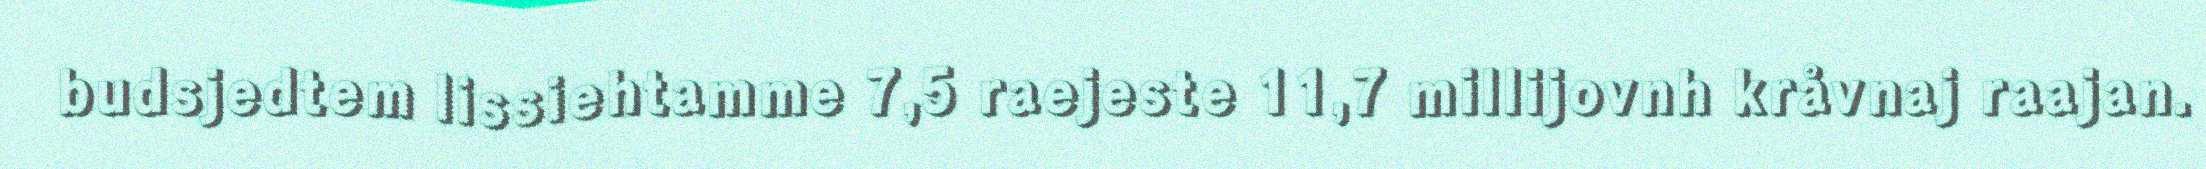
budsjedtem lissiehtamme 7,5 raejeste 11,7 millijovnh kråvnaj raajan.